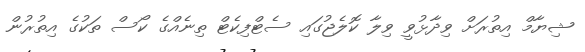
ޝިޔާމް އިތުރަށް ވިދާޅުވީ ވިލާ ކޮލެޖުގައި ސެޓްފިކެޓް ތިނެއްގެ ކޯސް ތަކުގެ އިތުރުން